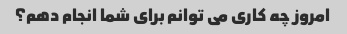
امروز چه کاری می توانم برای شما انجام دهم؟